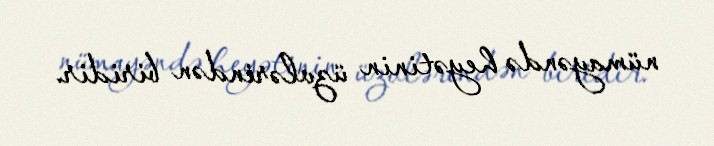
nümayəndə heyətinin üzvlərindən biridir.